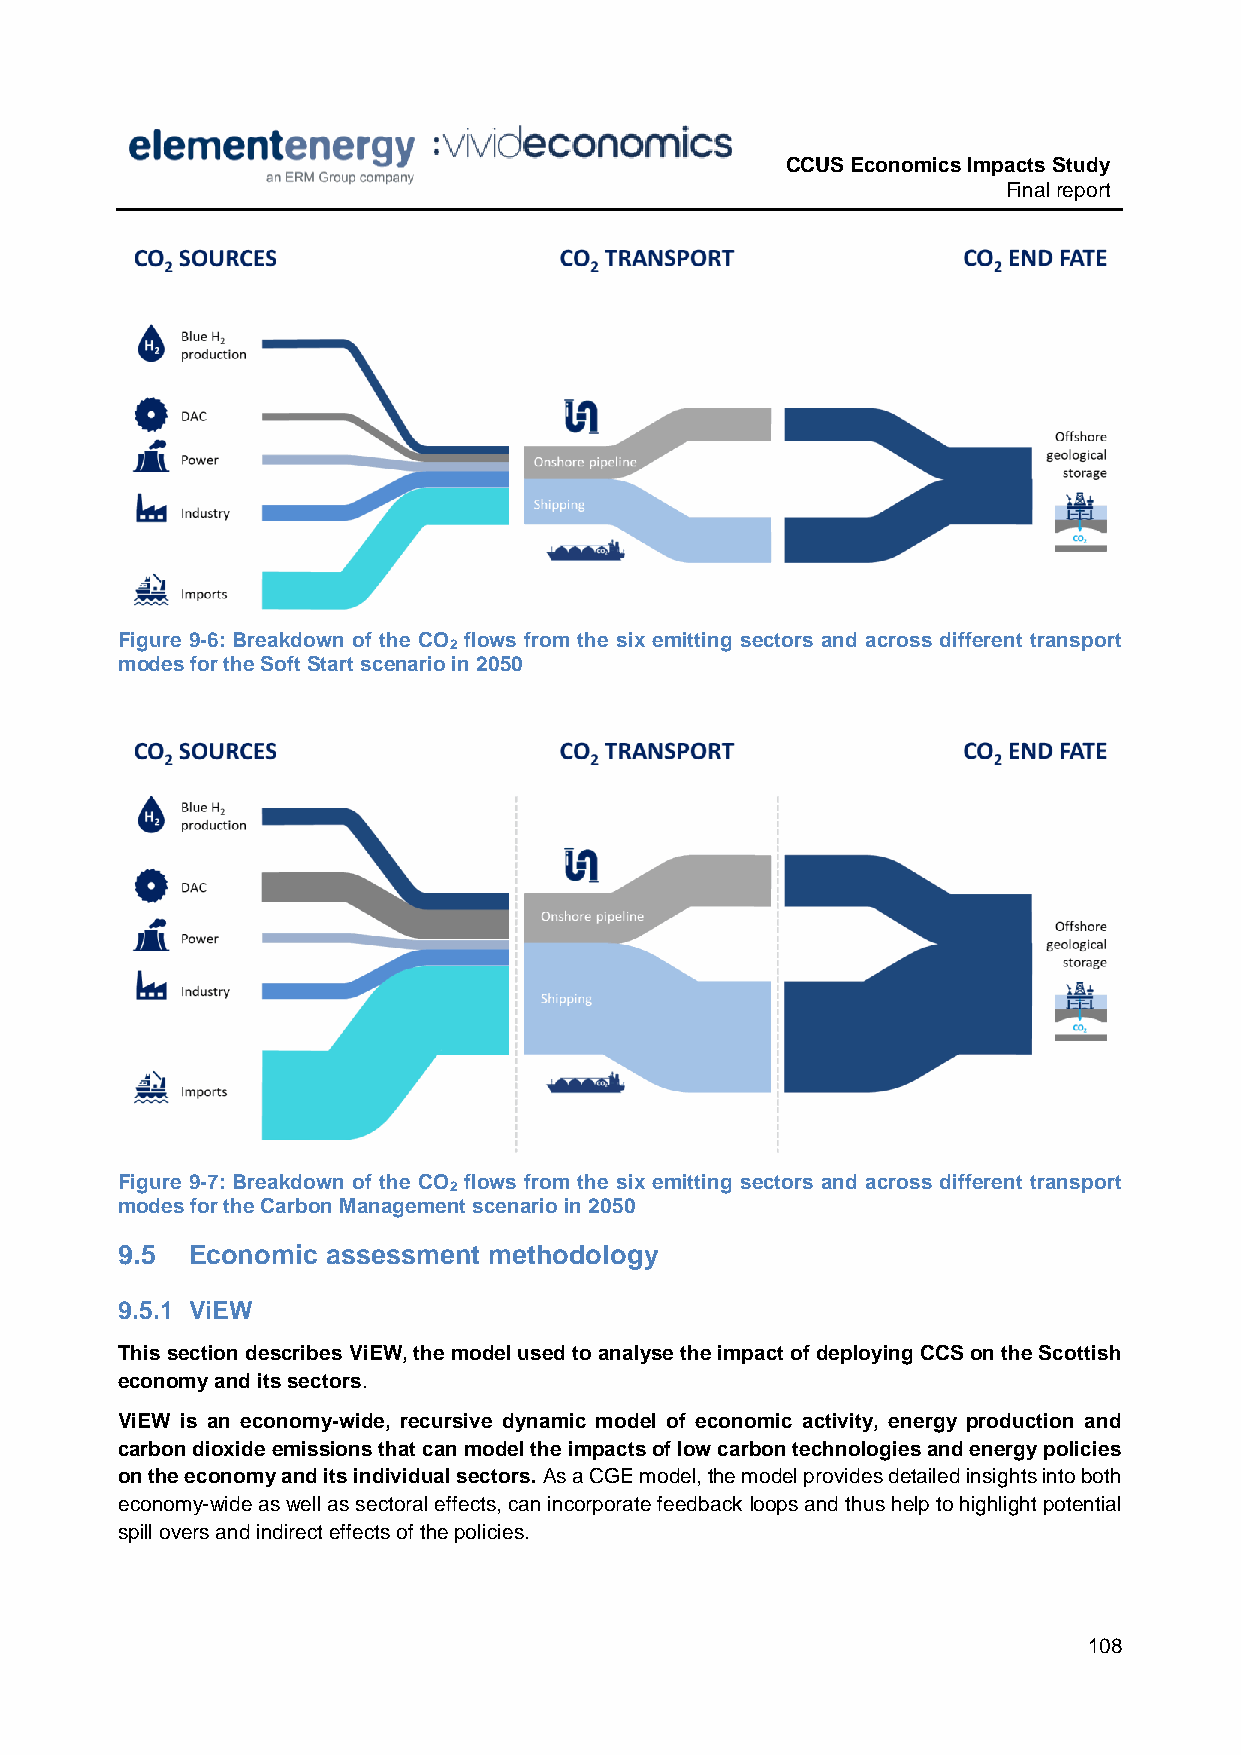
CCUS Economics Impacts Study
 Final report
 Figure 9-6: Breakdown of the CO flows from the six emitting sectors and across different transport
 2
 modes for the Soft Start scenario in 2050
 Figure 9-7: Breakdown of the CO flows from the six emitting sectors and across different transport
 2
 modes for the Carbon Management scenario in 2050
 9.5 Economic  assessment methodology
 9.5.1 ViEW
 This section describes ViEW, the model used to analyse the impact of deploying CCS on the Scottish
 economy and its sectors.
 ViEW is an economy-wide, recursive dynamic model of economic activity, energy production and
 carbon dioxide emissions that can model the impacts of low carbon technologies and energy policies
 on the economy and its individual sectors. As a CGE model, the model provides detailed insights into both
 economy-wide as well as sectoral effects, can incorporate feedback loops and thus help to highlight potential
 spill overs and indirect effects of the policies.
 108